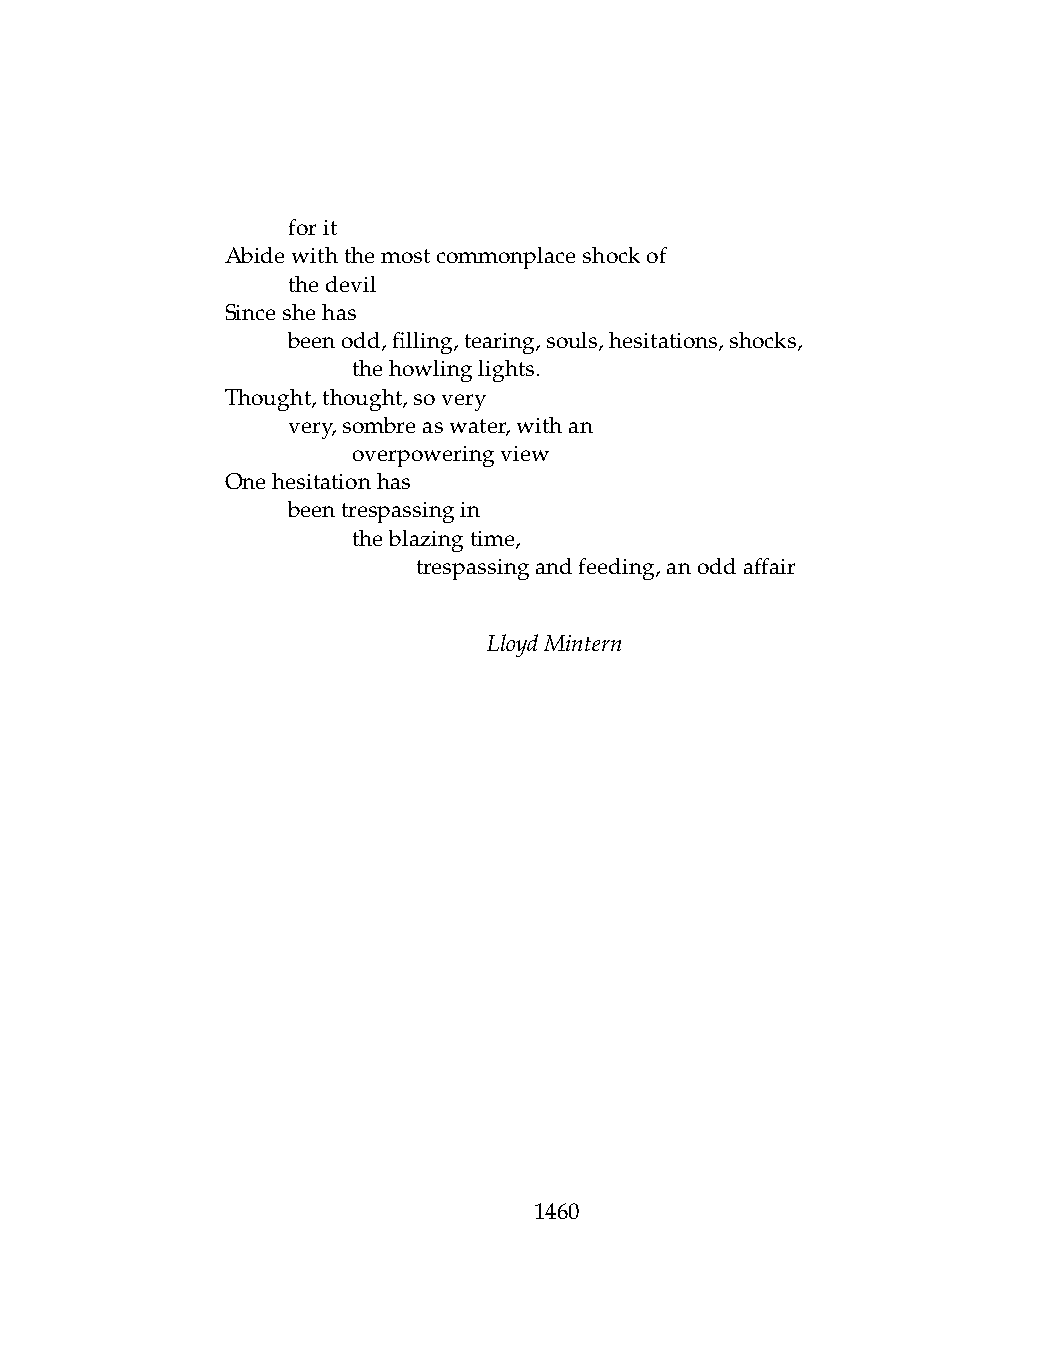
.   forit
 Abidewiththemostcommonplaceshockof
 .   thedevil
 Sinceshehas
 .   beenodd,filling,tearing,souls,hesitations,shocks,
 .   .   thehowlinglights.
 Thought,thought,sovery
 .   very,sombreaswater,withan
 .   .   overpoweringview
 Onehesitationhas
 .   beentrespassingin
 .   .   theblazingtime,
 .   .   .    trespassingandfeeding,anoddaffair
 LloydMintern
 1460